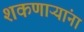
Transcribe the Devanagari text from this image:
शकणाऱ्यांना